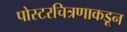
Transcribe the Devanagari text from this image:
पोस्टरचित्रणाकडून